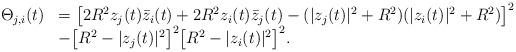
LaTeX: \begin{align*}\begin{array}{ll}\Theta_{j,i}(t) & = \big[2R^2z_j(t)\bar{z}_i(t) + 2R^2z_i(t)\bar{z}_j(t) - (\vert z_j(t)\vert^2+R^2)(\vert z_i(t)\vert^2+R^2)\big]^2\\& - \big[R^2-\vert z_j(t)\vert^2\big]^2\big[R^2-\vert z_i(t)\vert^2\big]^2.\end{array}\end{align*}